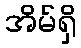
အိမ်ရှိ